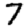
Digit: 7